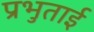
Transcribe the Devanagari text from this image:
प्रभुताई